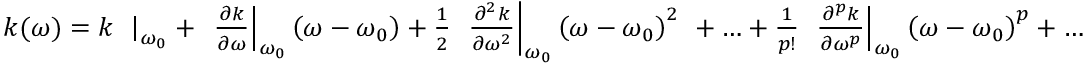
{ \begin{array} { c } { k \mathrm { ( } \omega \mathrm { ) } = k \left. \ \right| _ { \omega _ { 0 } } + \left. \ { \frac { \partial k } { \partial \omega } } \right| _ { \omega _ { 0 } } \left( \omega - \omega _ { 0 } \right) + { \frac { 1 } { 2 } } \left. \ { \frac { \partial ^ { 2 } k } { \partial \omega ^ { 2 } } } \right| _ { \omega _ { 0 } } \left( \omega - \omega _ { 0 } \right) ^ { 2 } \ + \ldots + { \frac { 1 } { p ! } } \left. \ { \frac { \partial ^ { p } k } { \partial \omega ^ { p } } } \right| _ { \omega _ { 0 } } \left( \omega - \omega _ { 0 } \right) ^ { p } + \ldots } \end{array} }